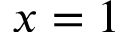
x = 1